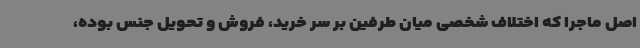
اصل ماجرا که اختلاف شخصی میان طرفین بر سر خرید، فروش و تحویل جنس بوده،